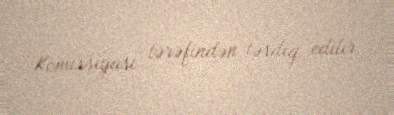
Komissiyası tərəfindən təsdiq edilir.